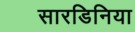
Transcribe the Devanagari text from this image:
सारडिनिया